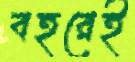
বহরেই